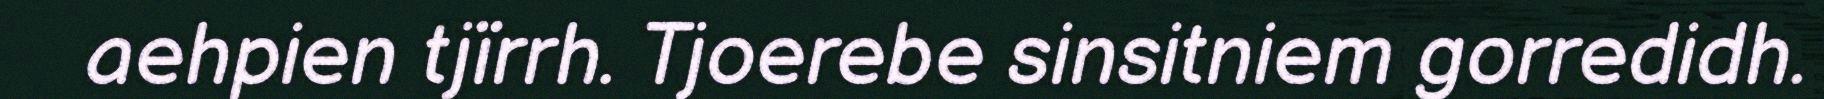
aehpien tjïrrh. Tjoerebe sinsitniem gorredidh.